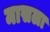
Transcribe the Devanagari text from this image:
मासला